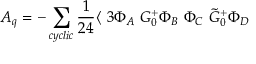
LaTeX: { \cal A } _ { q } = - \sum _ { c y c l i c } \frac { 1 } { 2 4 } \langle ~ 3 \Phi _ { A } ~ G _ { 0 } ^ { + } \Phi _ { B } ~ \Phi _ { C } ~ \tilde { G } _ { 0 } ^ { + } \Phi _ { D }